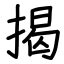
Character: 揭